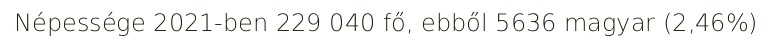
Népessége 2021-ben 229 040 fő, ebből 5636 magyar (2,46%)